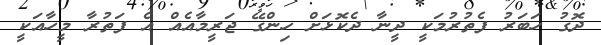
ދޮގު ހަބަރު ފެތުރުމަކީ ދީނާ ދެކޮޅަށް ހިންގޭ ޖަރީމާއެއް އެ ފަތުރާ މީހާއަކީ